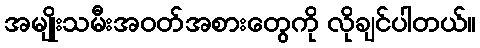
အမျိုးသမီးအဝတ်အစားတွေကို လိုချင်ပါတယ်။